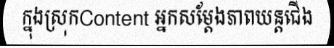
ក្នុងស្រុកContent អ្នកសម្តែងភាពយន្តជើង